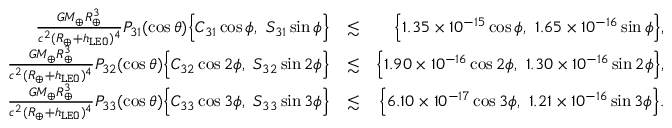
\begin{array} { r l r } { \frac { G M _ { \oplus } R _ { \oplus } ^ { 3 } } { c ^ { 2 } ( R _ { \oplus } + h _ { \tt L E O } ) ^ { 4 } } P _ { 3 1 } ( \cos \theta ) \Big \{ C _ { 3 1 } \cos \phi , ~ S _ { 3 1 } \sin \phi \Big \} } & { \lesssim } & { \Big \{ 1 . 3 5 \times 1 0 ^ { - 1 5 } \cos \phi , ~ 1 . 6 5 \times 1 0 ^ { - 1 6 } \sin \phi \Big \} , } \\ { \frac { G M _ { \oplus } R _ { \oplus } ^ { 3 } } { c ^ { 2 } ( R _ { \oplus } + h _ { \tt L E O } ) ^ { 4 } } P _ { 3 2 } ( \cos \theta ) \Big \{ C _ { 3 2 } \cos 2 \phi , ~ S _ { 3 2 } \sin 2 \phi \Big \} } & { \lesssim } & { \Big \{ 1 . 9 0 \times 1 0 ^ { - 1 6 } \cos 2 \phi , ~ 1 . 3 0 \times 1 0 ^ { - 1 6 } \sin 2 \phi \Big \} , } \\ { \frac { G M _ { \oplus } R _ { \oplus } ^ { 3 } } { c ^ { 2 } ( R _ { \oplus } + h _ { \tt L E O } ) ^ { 4 } } P _ { 3 3 } ( \cos \theta ) \Big \{ C _ { 3 3 } \cos 3 \phi , ~ S _ { 3 3 } \sin 3 \phi \Big \} } & { \lesssim } & { \Big \{ 6 . 1 0 \times 1 0 ^ { - 1 7 } \cos 3 \phi , ~ 1 . 2 1 \times 1 0 ^ { - 1 6 } \sin 3 \phi \Big \} . } \end{array}